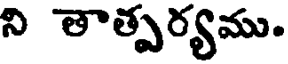
ని తాత్పర్యము.